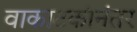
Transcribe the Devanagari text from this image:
वाकाटकांनंतर